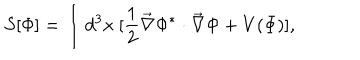
S [ \Phi ] = \int d ^ { 3 } x \ [ \frac { 1 } { 2 } \vec { \nabla } \Phi ^ { * } \cdot \vec { \nabla } \Phi + V ( \Phi ) ] ,